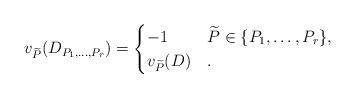
LaTeX: \begin{align*} v_{\widetilde{P}}(D_{P_1, \dots, P_r}) = \begin{cases} -1 & \widetilde{P} \in \{P_1, \dots, P_r\}, \\ v_{\widetilde{P}}(D) & . \end{cases} \end{align*}